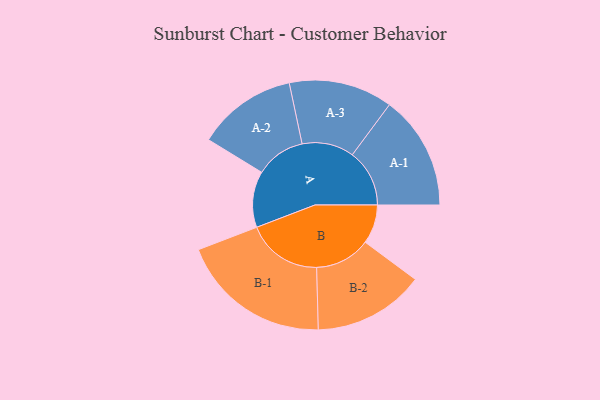
{"axis": {"x": "Segment", "y": "Value"}, "legend": ["", "A", "B"], "data": [{"x": "A", "y": 214, "type": ""}, {"x": "B", "y": 149, "type": ""}, {"x": "A-1", "y": 218, "type": "A"}, {"x": "A-2", "y": 190, "type": "A"}, {"x": "A-3", "y": 198, "type": "A"}, {"x": "B-1", "y": 288, "type": "B"}, {"x": "B-2", "y": 212, "type": "B"}]}